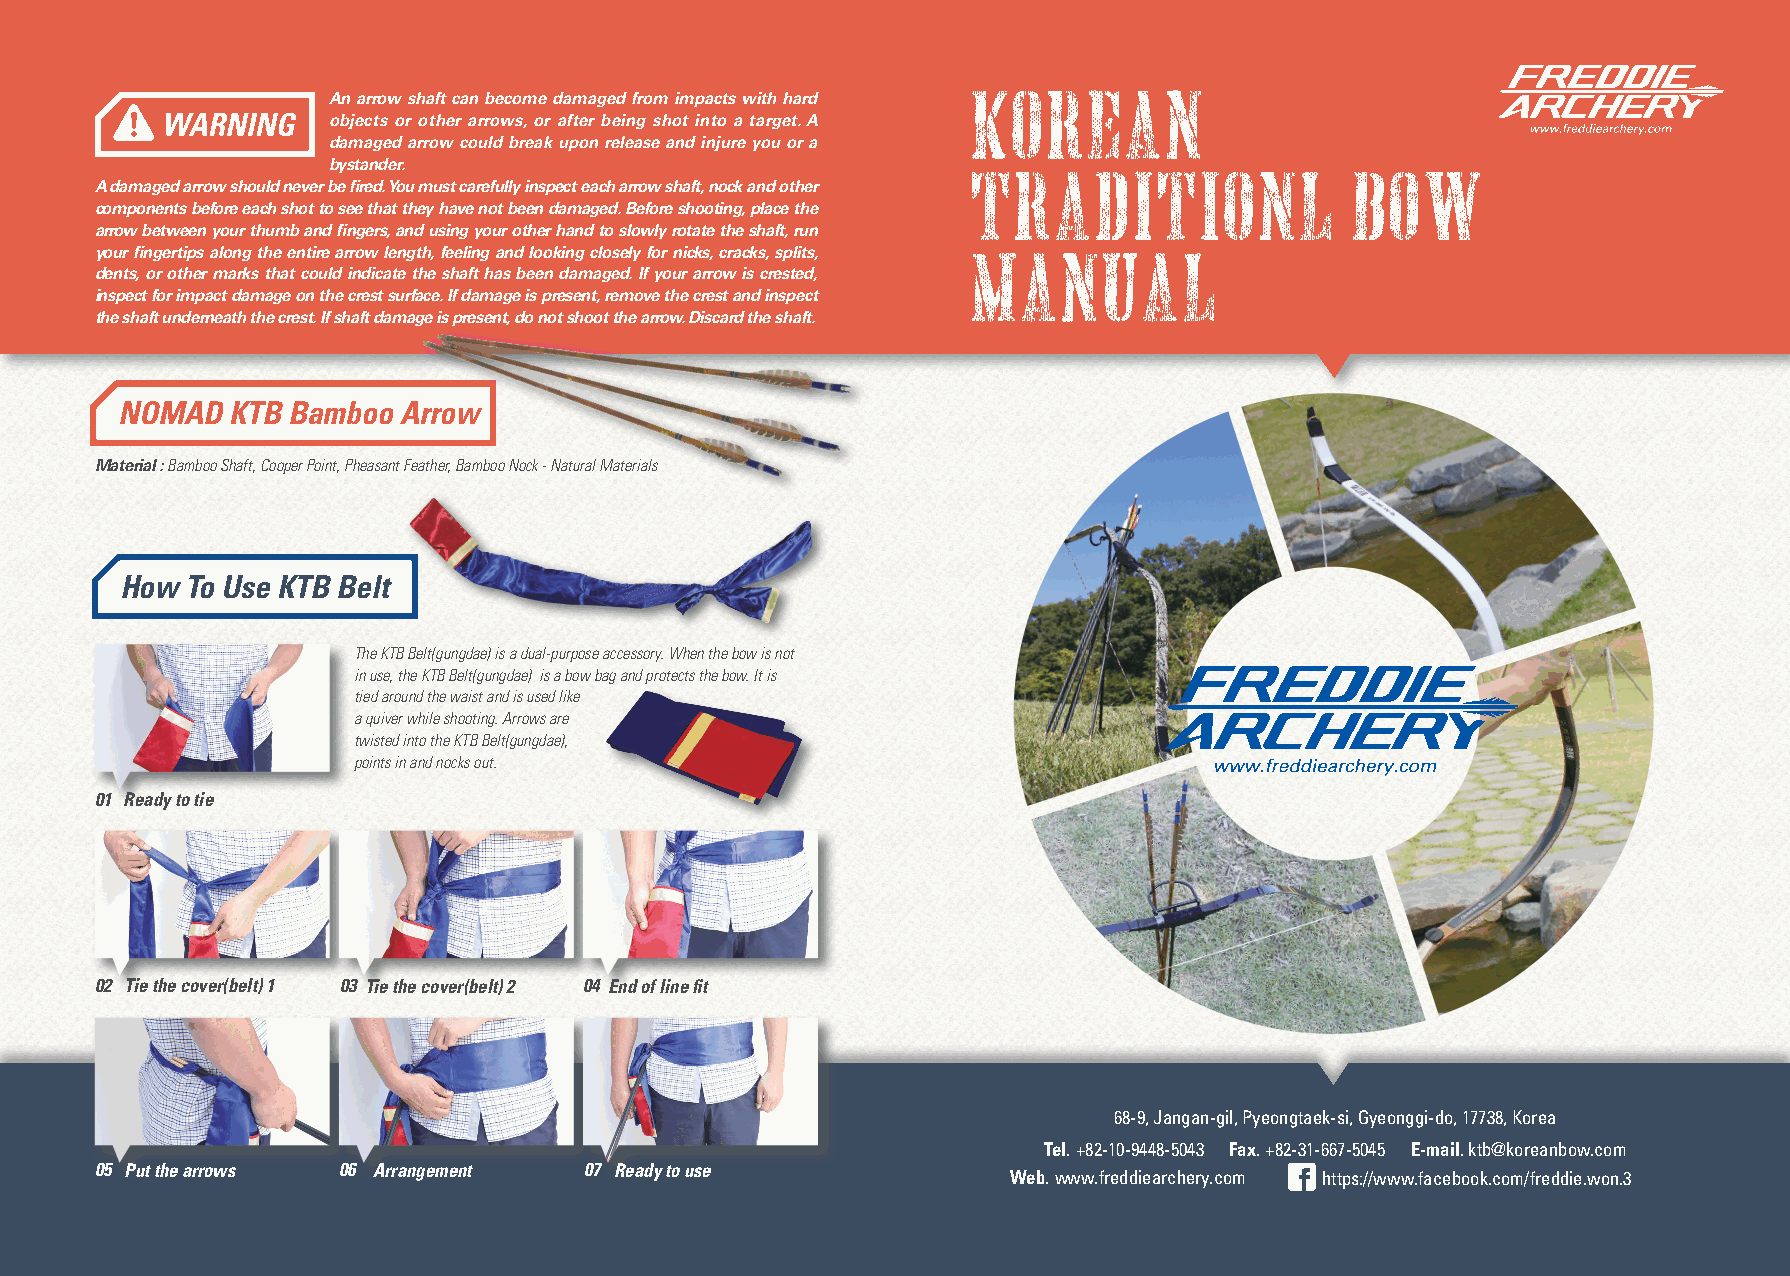
KOREAN
 An arrow shaft can become damaged from impacts with hard
 objects or other arrows, or after being shot into a target. A
 damaged arrow could break upon release and injure you or a
 bystander.                                TRADITIONL                BOW
 A damaged arrow should never be fired. You must carefully inspect each arrow shaft, nock and other
 components before each shot to see that they have not been damaged. Before shooting, place the
 arrow between your thumb and fingers, and using your other hand to slowly rotate the shaft, run
 MANUAL
 your fingertips along the entire arrow length, feeling and looking closely for nicks, cracks, splits,
 dents, or other marks that could indicate the shaft has been damaged. If your arrow is crested,
 inspect for impact damage on the crest surface. If damage is present, remove the crest and inspect
 the shaft underneath the crest. If shaft damage is present, do not shoot the arrow. Discard the shaft.
 NOMAD  KTB Bamboo Arrow
 Material : Bamboo Shaft, Cooper Point, Pheasant Feather, Bamboo Nock - Natural Materials
 How To Use KTB Belt
 The KTB Belt(gungdae) is a dual-purpose accessory. When the bow is not
 in use, the KTB Belt(gungdae) is a bow bag and protects the bow. It is
 tied around the waist and is used like
 a quiver while shooting. Arrows are
 twisted into the KTB Belt(gungdae),
 points in and nocks out.
 01 Ready to tie
 02 Tie the cover(belt) 1 03 Tie the cover(belt) 2 04 End of line fit
 68-9, Jangan-gil, Pyeongtaek-si, Gyeonggi-do, 17738, Korea
 Tel. +82-10-9448-5043 Fax. +82-31-667-5045 E-mail. ktb@koreanbow.com
 05 Put the arrows 06 Arrangement 07 Ready to use
 Web. www.freddiearchery.com https://www.facebook.com/freddie.won.3